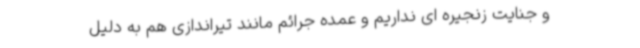
و جنایت زنجیره ای نداریم و عمده جرائم مانند تیراندازی هم به دلیل